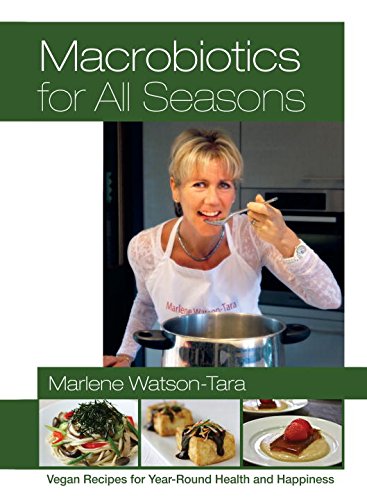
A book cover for Macrobiotics for All Seasons: Vegan Recipes for Year-Round Health and Happiness; Marlene Watson-Tara; Health, Fitness & Dieting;